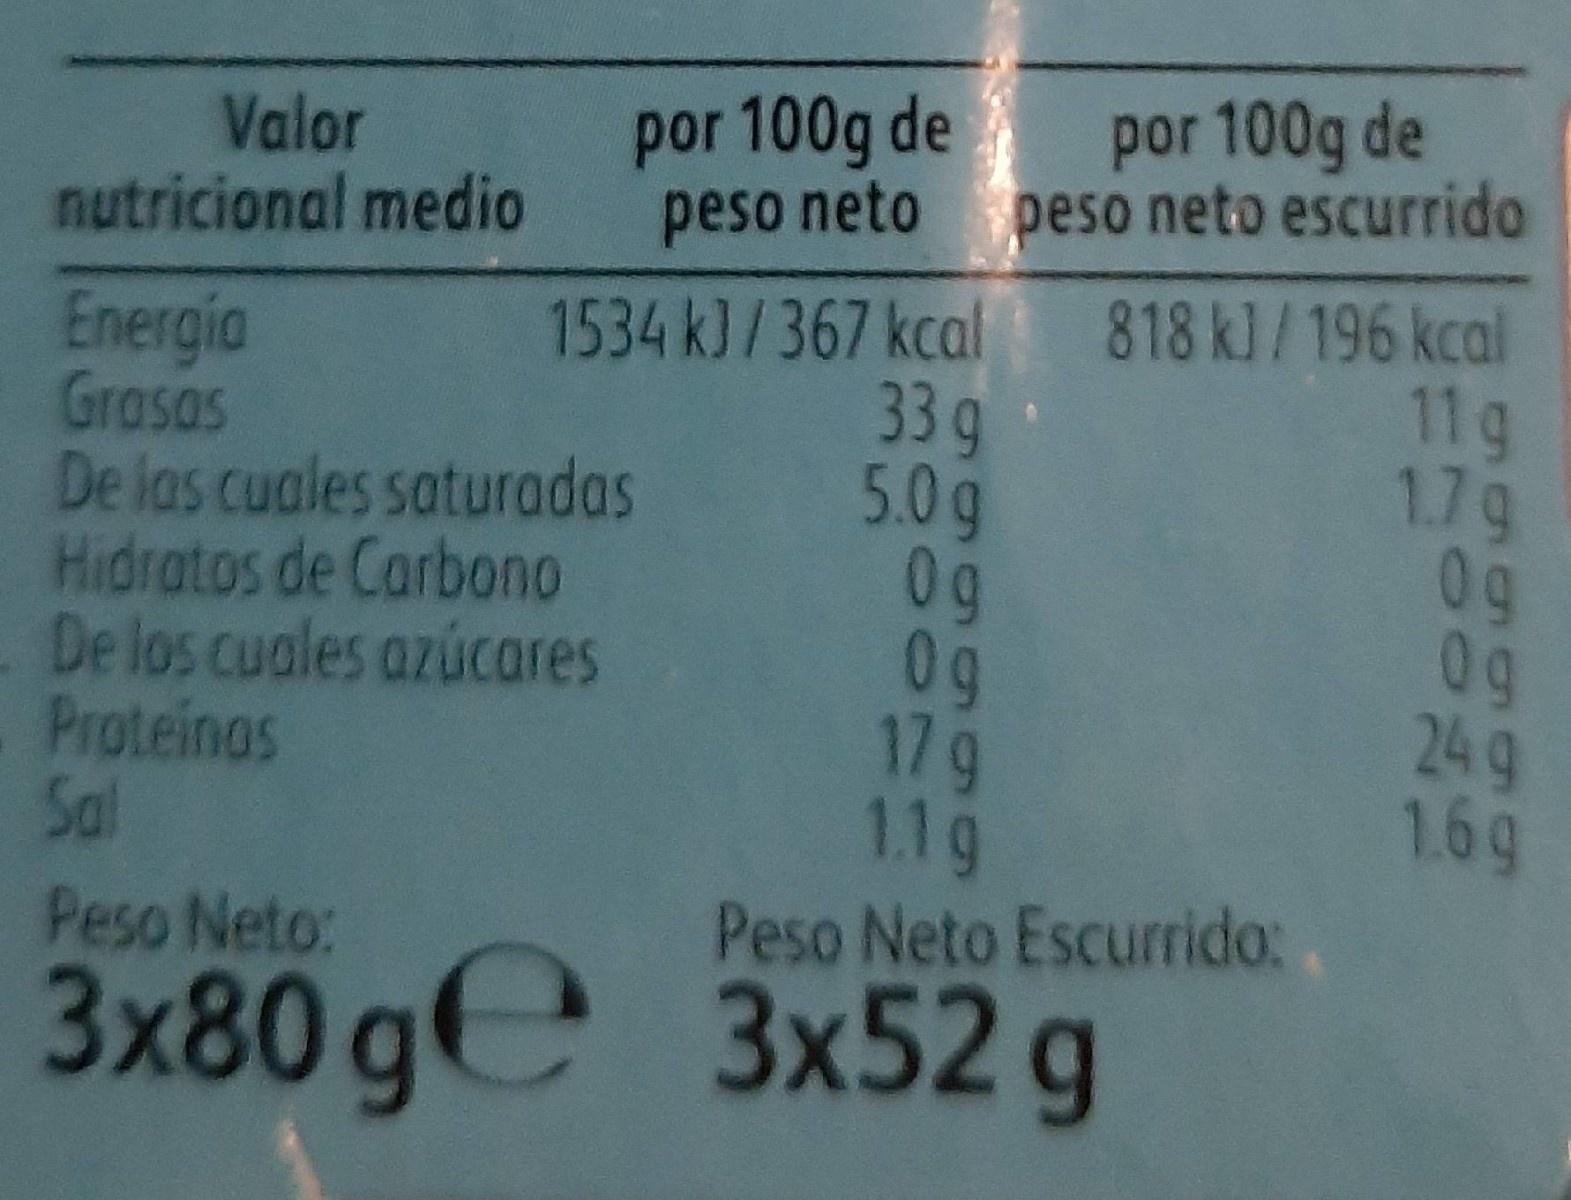
por 100g de peso neto peso neto escurrido
por 100g de
Valor nutricional medio
Energia Grasas De las cuales saturadas Hidratos de Carbono De los cuales azúcares Proteinas Sal
1534 k)/367 kcal 818 k]/196 kcal 33g 5.0 g 0g 0g 17g 1.1g
11g 1.7g 0g 0g 24g 1.6g
Peso Neto:
Peso Neto Escurrido:
3x80 ge
3x52g